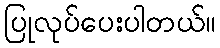
ပြုလုပ်ပေးပါတယ်။